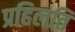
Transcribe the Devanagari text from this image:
प्रहिलति